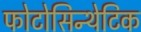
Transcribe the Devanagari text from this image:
फोटोसिन्थेटिक